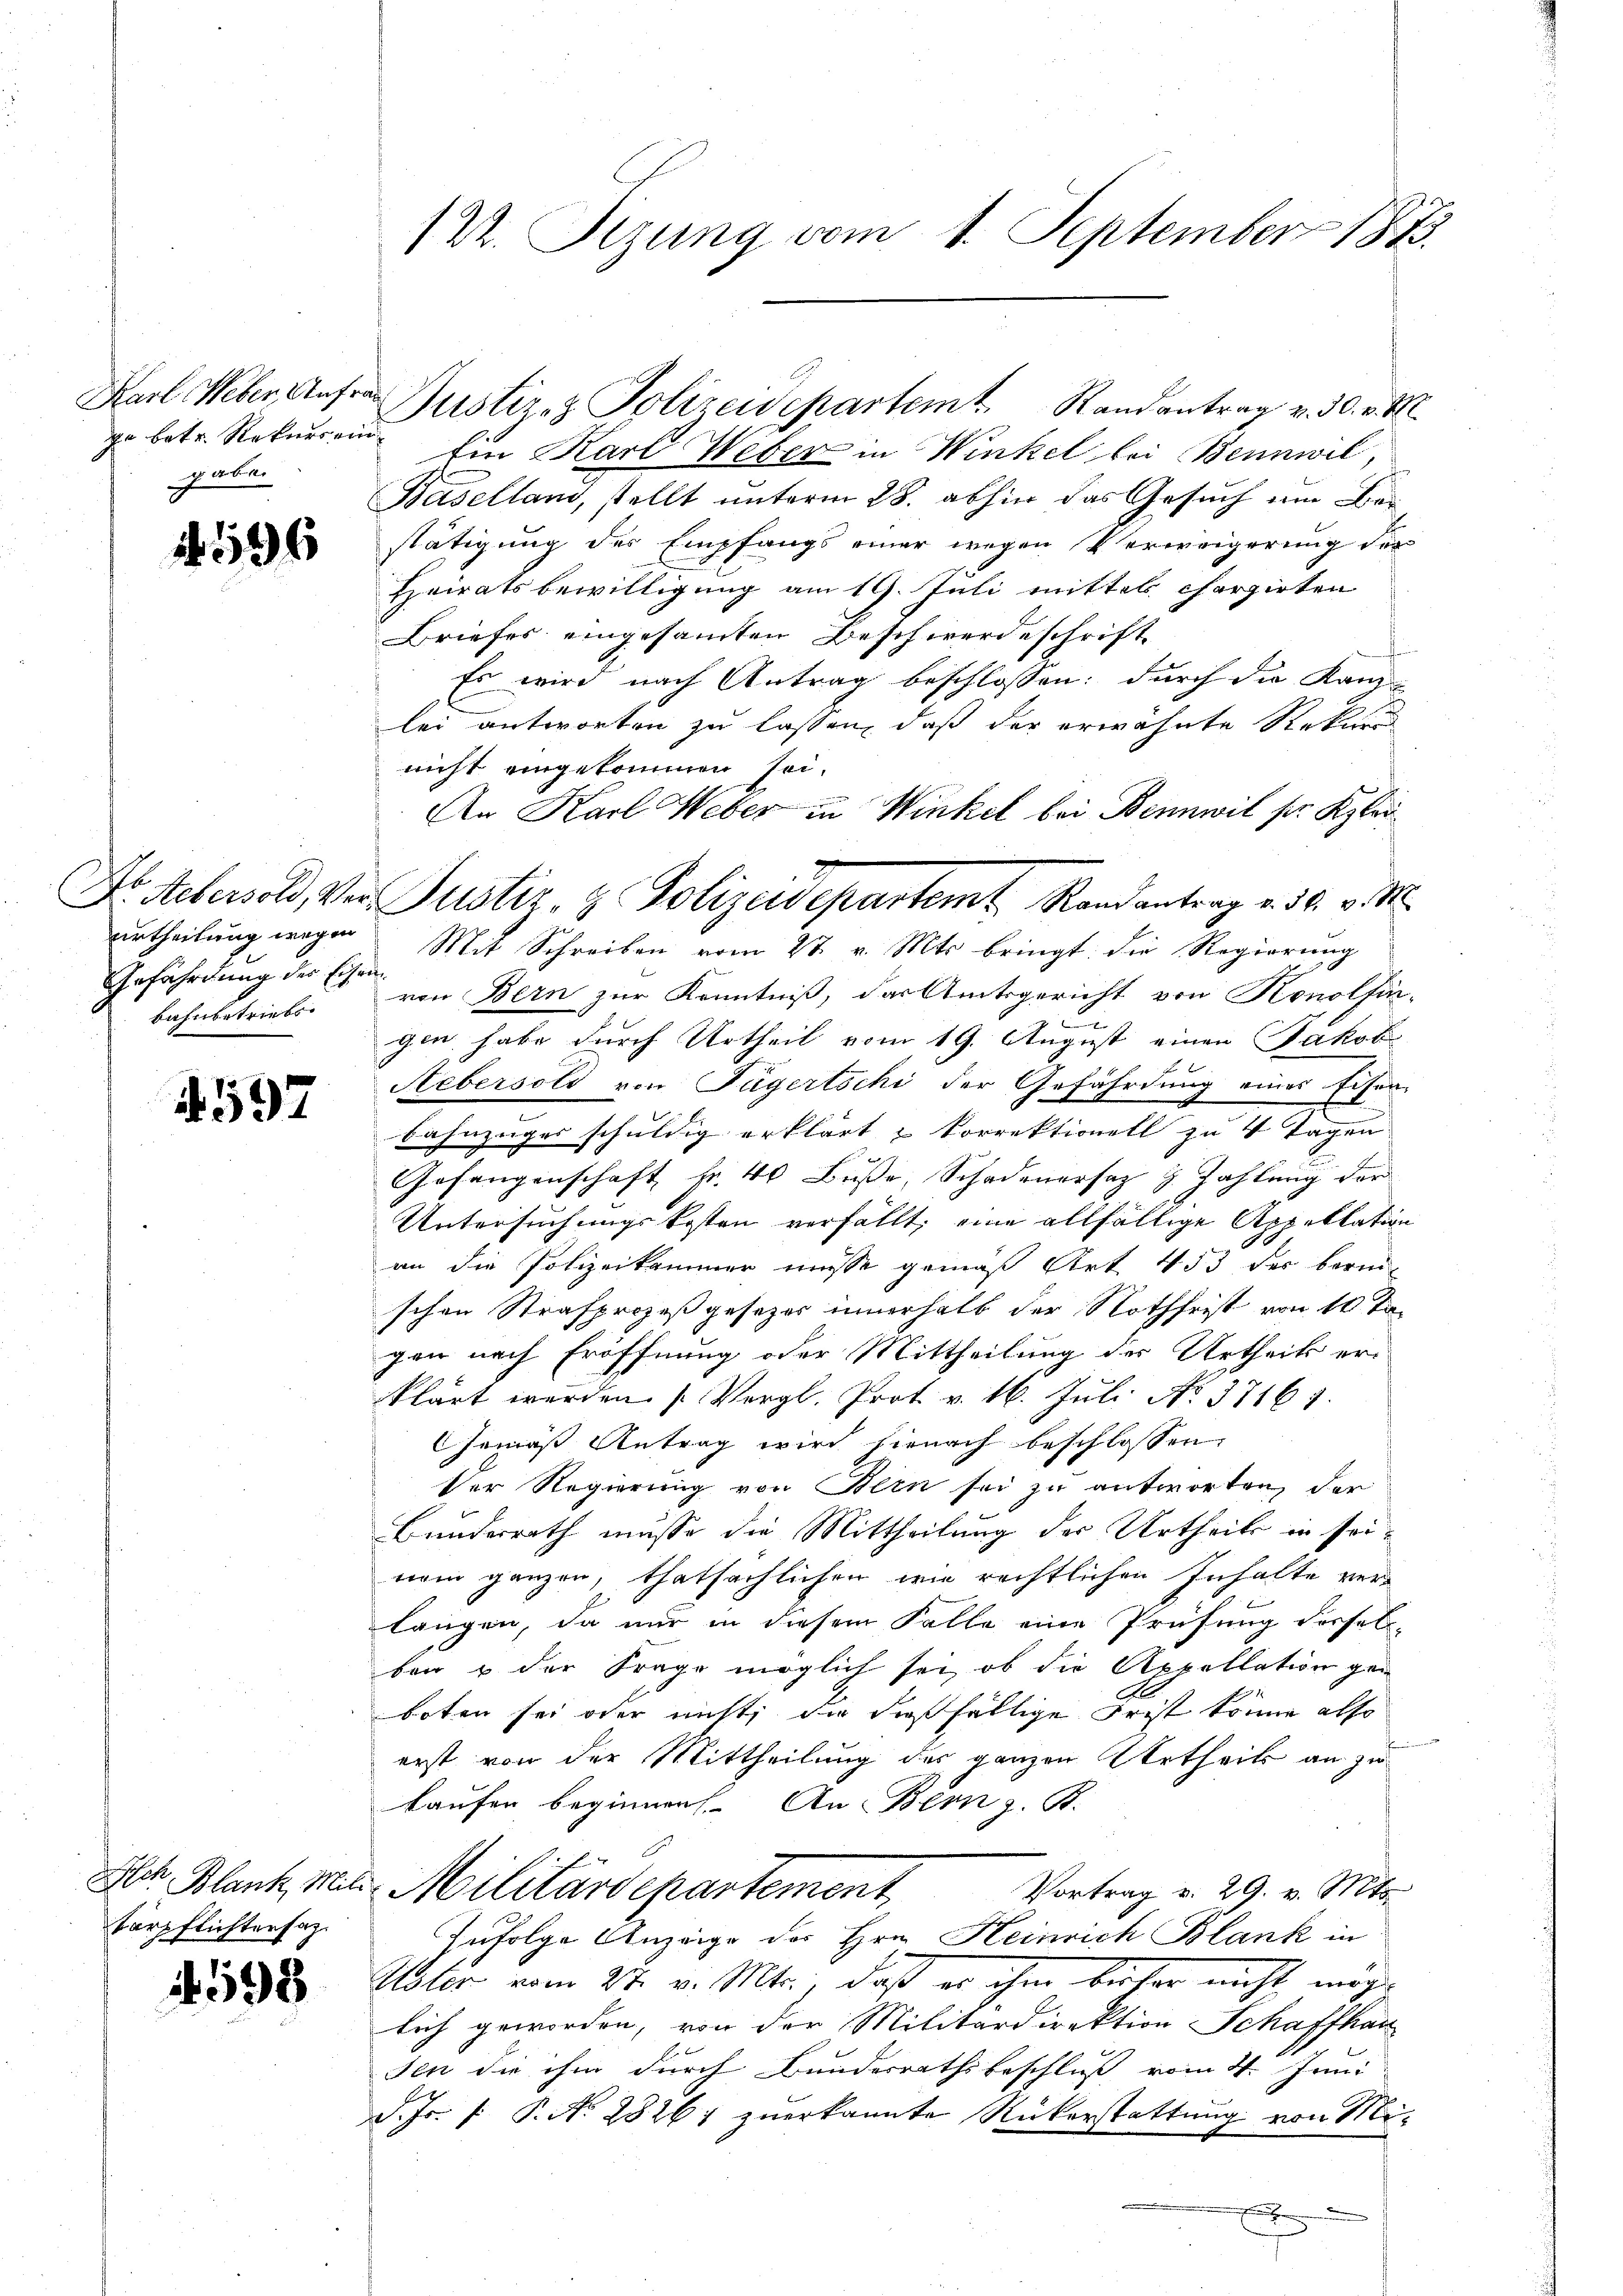
pe betr. Rekurs ein
zu wolle

596

urtheilung wegen
Gefährdung der Eisen
bahnbetriebs

597

Blch Blank, Mili
Verpflichtersag

4598

122. Sizung vom 1. September 1813.

Ein Karl Weber in Winkel bei Bennwil,
Baselland, stellt unterm 28. abhin das Gesuch um Berstätigung des Empfangs einer wegen Verweigerung der
Heiratsbewilligung am 19. Juli mittels chargirten
Briefes eingesammten Beschwerde schrift
f
Es wird nach Antrag beschlossen: durch die Kanz-
lei antworten zu lassen, daß der erwähnte Rekurr
nicht eingekommen sei.
An Karl Weber in Winkel bei Bennwil ser Klau
Mit Schreiben vom 27. v. Mts. bringt: die Regierung
von Bern zur Kenntniß, das Amtsgericht von Konolfine
gen habe durch Urtheil vom 19. August einen Jakob
Hebersold von Tägertschi der Gefährdung eines Eiser-
bahnzuges schuldig erklärt & korrektionell zu 4 Tagen
Gefangenschaft Fr. 40 Buße, Schadenersaz z. Zahlung der
Untersuchungskosten verfällt, eine allfällige Appellation
an die Polizeikammer müsse gemäß Art. 453 der berni
schen Strafprozeßgesezes innerhalb der Nothfrist von 10 Tagen nach Eröffnung oder Mittheilung des Urtheils erklärt werden. (Vergl. Prot. v. 16. Jŭli No 37167.
Gemäß Antrag wird hienach beschlossen
Der Regierung von Bern sei zu antworten, der
Bunderrath müsse die Mittheilung der Urtheils in seinem ganzen, thatsächlichen wie rechtlichen Inhalte ver-
langen, da nur in diesem Falle eine Prüfung derselb-
ben u der Frage möglich sei, ob die Appellation gen
boten sei oder nicht, die dießfällige Frist könne also
erst von der Mittheilung des ganzen Urtheils an zu
kaufen beginnen. An Bern z. B.
Militärdepartement,
Vortrag v. 29. v. Mts.
Zufolge Anzeige des Hrn. Heinrich Blank in
Uster vom 27. v. Mts., daß er ihm beiter nicht möge
lich geworden, von der Militärdirektion Schaffhau
sen die ihm durch Bundesrathsbeschluß vom 4. Juni
d. Js. f. P. No 28267 zuerkannte Rükerstattung von Mix

Karl Weber Anfer Justiz- & Polizeidepartem Randantrag v. 30. v. M.

Dr. Aebersold, Ver Justiz- & Polizeidepartemt Randantrag v. 30. v. M.